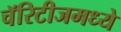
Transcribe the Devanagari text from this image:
चॅरिटीजमध्ये